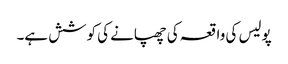
پولیس کی واقعہ کی چھپانے کی کوشش ہے۔